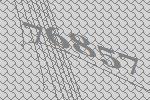
76857